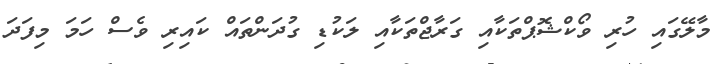
މާލޭގައި ހުރި ވޯކްޝޮޕްތަކާއި ގަރާޖްތަކާއި ލަކުޑި ގުދަންތައް ކައިރި ވެސް ހަމަ މިފަދަ